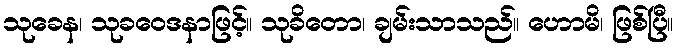
သုခေန၊ သုခဝေဒနာဖြင့်။ သုခိတော၊ ချမ်းသာသည်။ ဟောမိ၊ ဖြစ်ပြီ။